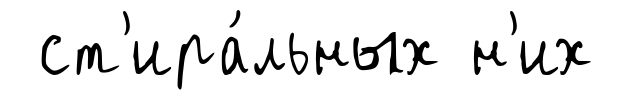
ст'ира́льных н'их